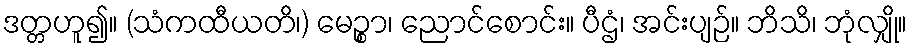
ဒတ္တဟူ၍။ (သံကထီယတိ၊) မေဉ္စာ၊ ညောင်စောင်း။ ပီဌံ၊ အင်းပျဉ်။ ဘိသိ၊ ဘုံလျှို။